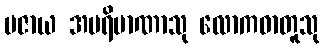
ပဇာယ အပရိမာဏာသု လောကဓာတူသု